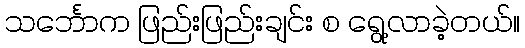
သင်္ဘောက ဖြည်းဖြည်းချင်း စ ရွေ့လာခဲ့တယ်။